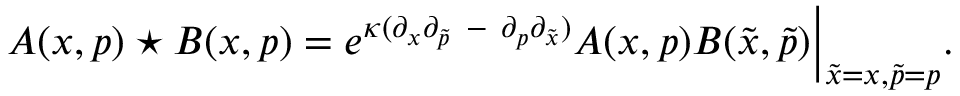
A ( x , p ) \star B ( x , p ) = e ^ { \kappa ( \partial _ { x } \partial _ { \widetilde { p } } { ~ } - { ~ } \partial _ { p } \partial _ { \widetilde { x } } ) } A ( x , p ) B ( { \widetilde { x } } , { \widetilde { p } } ) \Big | _ { { \widetilde { x } = x } , { \widetilde { p } = p } } .